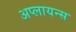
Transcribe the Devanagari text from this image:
अप्लायन्स